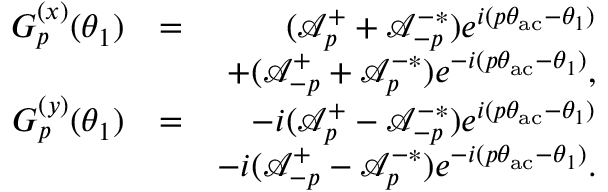
\begin{array} { r l r } { G _ { p } ^ { ( x ) } ( \theta _ { 1 } ) } & { = } & { ( \mathcal { A } _ { p } ^ { + } + \mathcal { A } _ { - p } ^ { - * } ) e ^ { i ( p \theta _ { \mathrm { a c } } - \theta _ { 1 } ) } } \\ & { } & { + ( \mathcal { A } _ { - p } ^ { + } + \mathcal { A } _ { p } ^ { - * } ) e ^ { - i ( p \theta _ { \mathrm { a c } } - \theta _ { 1 } ) } , } \\ { G _ { p } ^ { ( y ) } ( \theta _ { 1 } ) } & { = } & { - i ( \mathcal { A } _ { p } ^ { + } - \mathcal { A } _ { - p } ^ { - * } ) e ^ { i ( p \theta _ { \mathrm { a c } } - \theta _ { 1 } ) } } \\ & { } & { - i ( \mathcal { A } _ { - p } ^ { + } - \mathcal { A } _ { p } ^ { - * } ) e ^ { - i ( p \theta _ { \mathrm { a c } } - \theta _ { 1 } ) } . } \end{array}